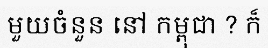
មួយចំនួន នៅ កម្ពុជា ? ក៏